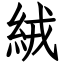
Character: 絨